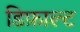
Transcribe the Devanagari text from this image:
डिफ़ाल्ट